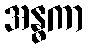
အန္ဓကာ